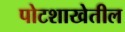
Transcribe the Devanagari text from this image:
पोटशाखेतील